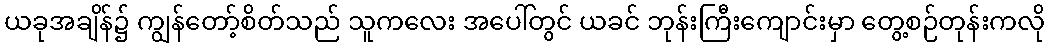
ယခုအချိန်၌ ကျွန်တော့်စိတ်သည် သူကလေး အပေါ်တွင် ယခင် ဘုန်းကြီးကျောင်းမှာ တွေ့စဉ်တုန်းကလို